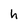
Character: h